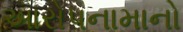
આરોપનામાનો